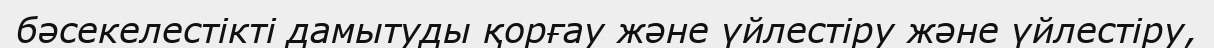
бәсекелестікті дамытуды қорғау және үйлестіру және үйлестіру,